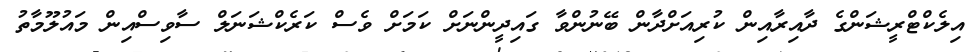
އިލެކްޓްރީޝަންގެ ދާއިރާއިން ކުރިއަށްދާން ބޭނުންވާ ގައިދީންނަށް ކަމަށް ވެސް ކަރެކްޝަނަލް ސާވިސްއިން މައުލޫމާތު